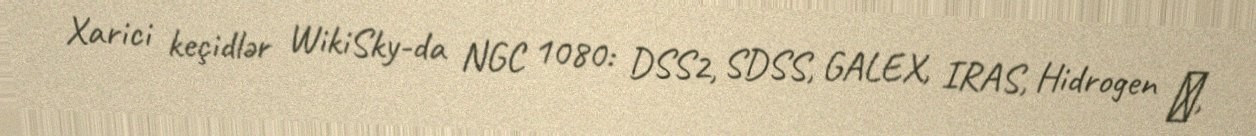
Xarici keçidlər WikiSky-da NGC 1080: DSS2, SDSS, GALEX, IRAS, Hidrogen α,